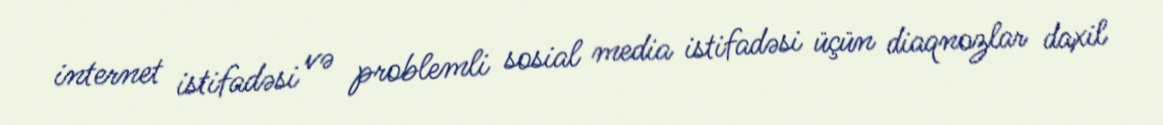
internet istifadəsi və problemli sosial media istifadəsi üçün diaqnozlar daxil